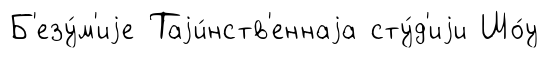
Б'езу́м'иjе Таjи́нств'еннаjа сту́д'иjи Шо́у